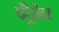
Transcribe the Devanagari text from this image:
पैड्रोन